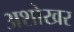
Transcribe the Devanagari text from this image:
अशोखर